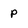
Character: p